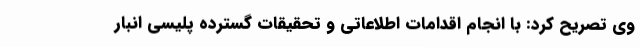
وی تصریح کرد: با انجام اقدامات اطلاعاتی و تحقیقات گسترده پلیسی انبار